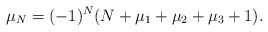
\begin{align*} \mu_{N}=(-1)^{N}(N+\mu_1+\mu_2+\mu_3+1).\end{align*}